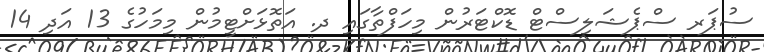
ސުޕަރ ސްޕެޝަލިސްޓް ޑޮކްޓަރުން މިހަފްތާގައި ދ. އަތޮޅަށްޓީމުން މިމަހުގެ 13 އަދި 14